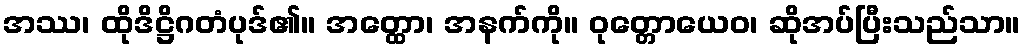
အဿ၊ ထိုဒိဋ္ဌိဂတံပုဒ်၏။ အတ္ထော၊ အနက်ကို။ ဝုတ္တောယေဝ၊ ဆိုအပ်ပြီးသည်သာ။